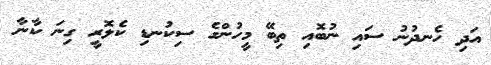
އަދި ހެނދުނު ސައި ނުބޮއި ތިބޭ މީހުންގެ ސިކުނޑި ކެލޮރީ ގިނަ ކާނާ